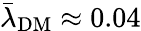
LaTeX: \bar{\lambda}_{\mathrm{DM}}\approx 0.04